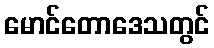
မောင်တောဒေသတွင်